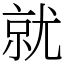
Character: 就